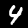
Digit: 4